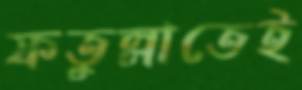
ফতুল্লাতেই